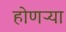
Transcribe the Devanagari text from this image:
होणऱ्या